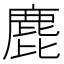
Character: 𪊕